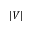
\vert V \vert